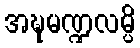
အဍ္ဎမဏ္ဍလမ္ပိ